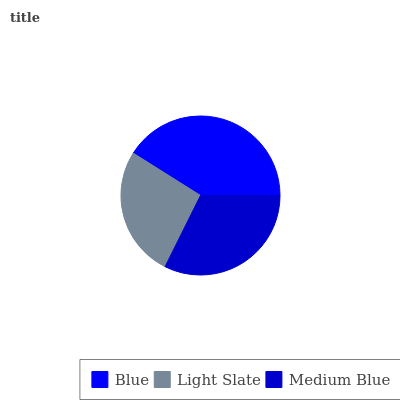
| Blue | Light Slate | Medium Blue |
 | --- | --- | --- |
 | 41.1% | 26.6% | 32.3% |